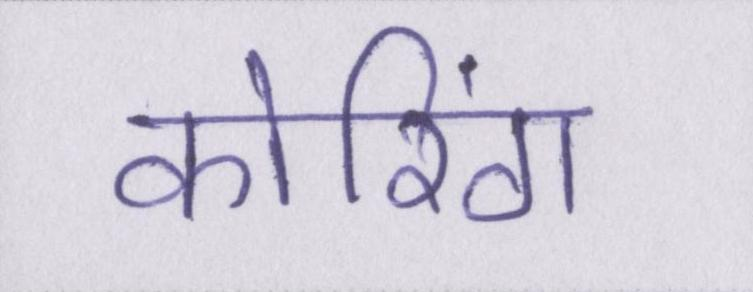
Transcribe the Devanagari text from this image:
कोरिंग